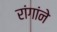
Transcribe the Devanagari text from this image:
रांगांने